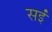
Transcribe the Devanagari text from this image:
सईं